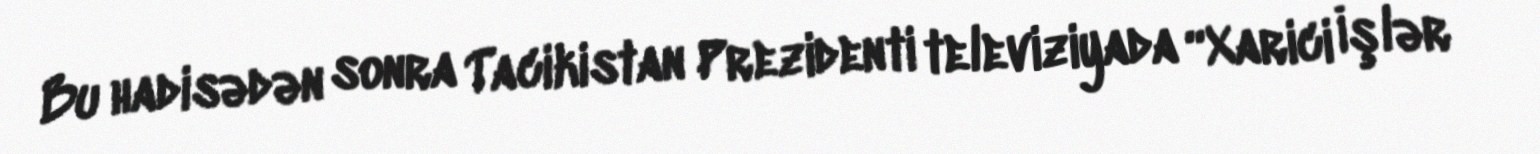
Bu hadisədən sonra Tacikistan Prezidenti televiziyada “Xarici İşlər